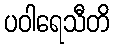
ပဝါရေသီတိ